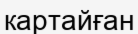
картайған